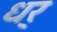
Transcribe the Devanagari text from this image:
धर्